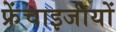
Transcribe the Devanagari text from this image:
फ्रेंचाइजीयों